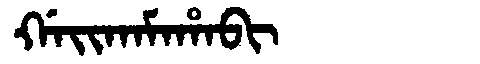
Manchu: ᡤᠠᡳᡴᠠᠮᠠᡥᠠᠪᡳ
Romanization: GAIKAMAHABI